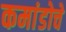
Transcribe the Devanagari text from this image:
कमांडोचे